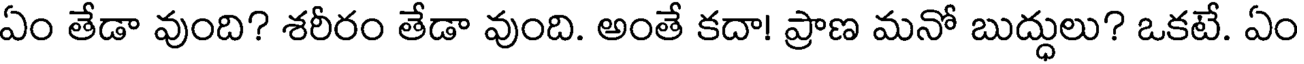
ఏం తేడా వుంది? శరీరం తేడా వుంది. అంతే కదా! ప్రాణ మనో బుద్ధులు? ఒకటే. ఏం